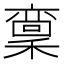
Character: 𱶣